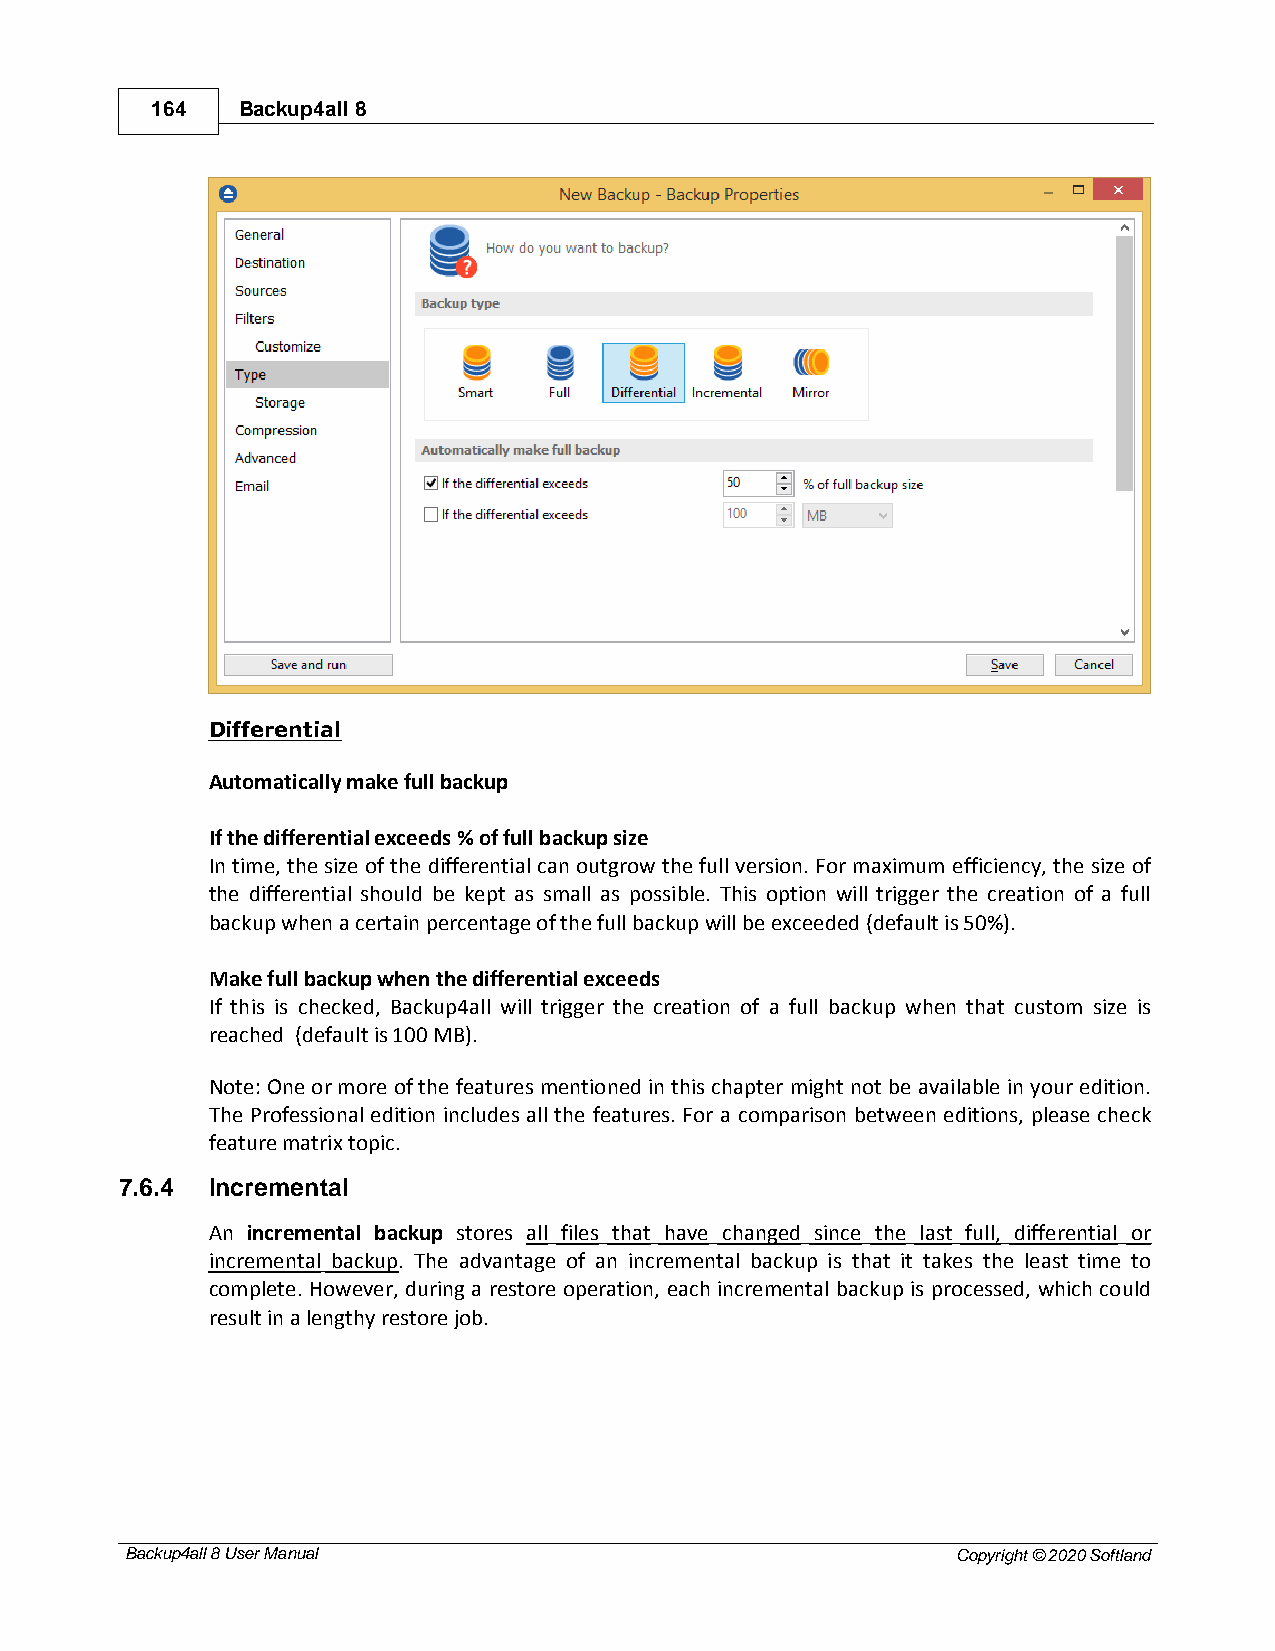
164   Backup4all 8
 Differential
 Automatically make full backup
 If the differential exceeds % of full backup size
 In time, the size of the differential can outgrow the full version. For maximum efficiency, the size of
 the differential should be kept as small as possible. This option will trigger the creation of a full
 backup when a certain percentage of the full backup will be exceeded (default is 50%).
 Make full backup when the differential exceeds
 If this is checked, Backup4all will trigger the creation of a full backup when that custom size is
 reached (default is 100 MB).
 Note: One or more of the features mentioned in this chapter might not be available in your edition.
 The Professional edition includes all the features. For a comparison between editions, please check
 feature matrix topic.
 7.6.4 Incremental
 An incremental backup stores all files that have changed since the last full, differential or
 incremental backup. The advantage of an incremental backup is that it takes the least time to
 complete. However, during a restore operation, each incremental backup is processed, which could
 result in a lengthy restore job.
 Backup4all 8 User Manual                               Copyright © 2020 Softland